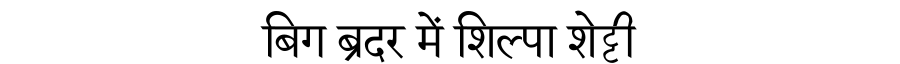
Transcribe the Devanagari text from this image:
बिग ब्रदर में शिल्पा शेट्टी